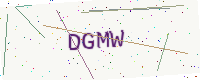
Text: DGMW